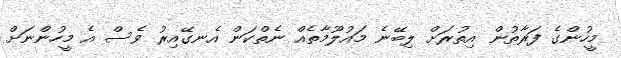
މީހުންގެ ފަރާތުން އިތުރަށް ލިބޭނެ މައުލޫމާތެއް ނެތްކަން އެނގޭއިރު ވެސް އެ މީހުންނަށް